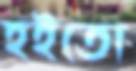
হইতো